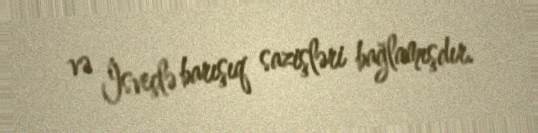
və İsveçlə barışıq sazişləri bağlamışdır.